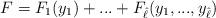
LaTeX: \begin{align*}F=F_1(y_1)+...+F_{\hat\ell}(y_1,...,y_{\hat\ell})\end{align*}